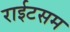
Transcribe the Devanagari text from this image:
राईटसम